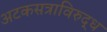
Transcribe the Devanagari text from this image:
अटकसत्राविरुद्ध